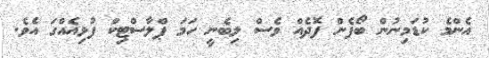
އެންމެ ކުޑަމިނުން ބޯފެން ފޮދެއް ވެސް ލިބެނީ ހަމަ ޕްލާސްޓިކް ފުޅިއެއްގަ އެވެ.